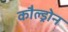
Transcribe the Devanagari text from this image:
कौल्ड्रोन